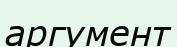
аргумент